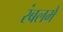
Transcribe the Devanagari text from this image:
रंबलमें